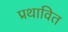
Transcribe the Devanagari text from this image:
प्रथावित